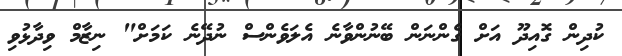
ކުދިން ގޮއިދޫ އަށް ގެންނަން ބޭނުންވާނެ އެލަވެންސް ނުދޭނެ ކަމަށް" ނިޒާމް ވިދާޅުވި